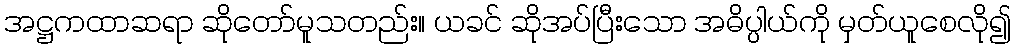
အဋ္ဌကထာဆရာ ဆိုတော်မူသတည်း။ ယခင် ဆိုအပ်ပြီးသော အဓိပ္ပါယ်ကို မှတ်ယူစေလို၍